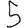
Digit: 5